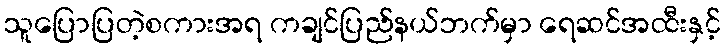
သူပြောပြတဲ့စကားအရ ကချင်ပြည်နယ်ဘက်မှာ ရေဆင်အထီးနှင့်